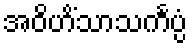
အဝိဟိံသာသင်္ကပ္ပံ